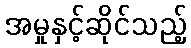
အမှုနှင့်ဆိုင်သည့်